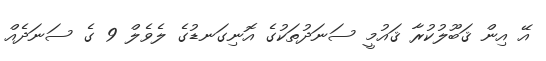
އޭ އިން ޤަބޫލުކުރާ ޤައުމީ ސަނަދުތަކުގެ އޮނިގަނޑުގެ ލެވެލް 9 ގެ ސަނަދެއް